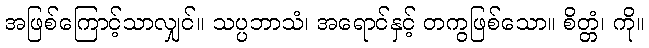
အဖြစ်ကြောင့်သာလျှင်။ သပ္ပဘာသံ၊ အရောင်နှင့် တကွဖြစ်သော။ စိတ္တံ၊ ကို။